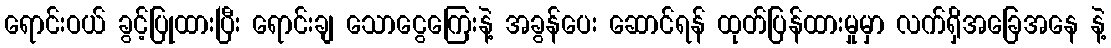
ရောင်းဝယ် ခွင့်ပြုထားပြီး ရောင်းချ သောငွေကြေးနဲ့ အခွန်ပေး ဆောင်ရန် ထုတ်ပြန်ထားမှုမှာ လက်ရှိအခြေအနေ နဲ့